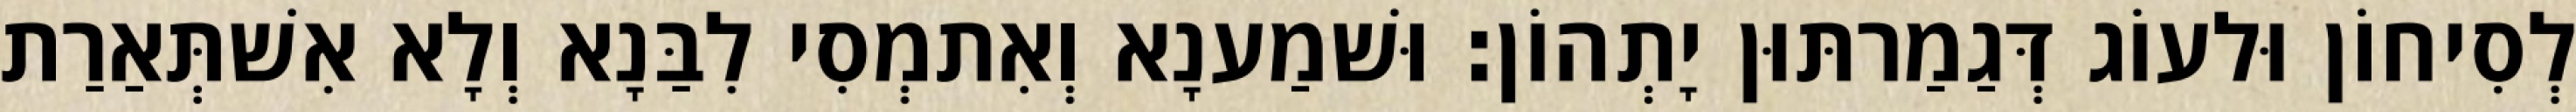
לְסִיחוֹן וּלעוֹג דְּגַמַרתּוּן יָתְהוֹן׃ וּשׁמַענָא וְאִתמְסִי לִבַּנָא וְלָא אִשׁתְּאַרַת